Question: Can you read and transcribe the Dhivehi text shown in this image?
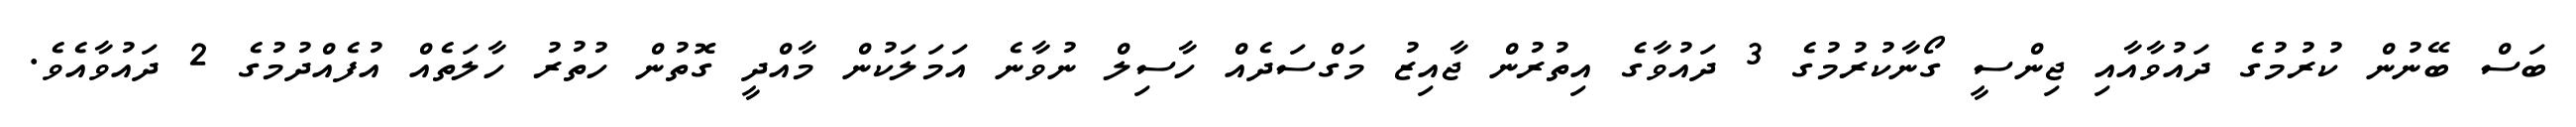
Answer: ބަސް ބޭނުން ކުރުމުގެ ދައުވާއާއި ޖިންސީ ގޯނާކުރުމުގެ 3 ދައުވާގެ އިތުރުން ޖާއިޒު މަގްސަދެއް ހާސިލް ނުވާނެ އަމަލަކުން މާއްދީ ގޮތުން ހުތުރު ހާލަތެއް އުފެއްދުމުގެ 2 ދައުވާއެވެ.